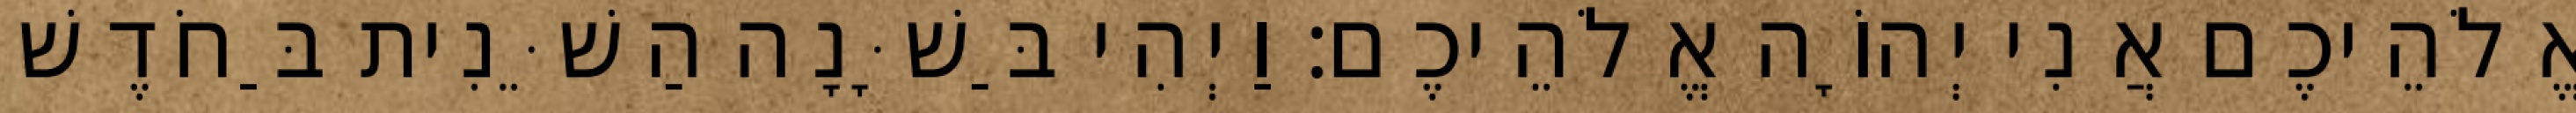
אֱלֹהֵיכֶם אֲנִי יְהוָֹה אֱלֹהֵיכֶם׃ וַיְהִי בַּשָּׁנָה הַשֵּׁנִית בַּחֹדֶשׁ